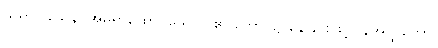
ဃရာဝါသေန၊ အိမ်ရာထောင်သောလူ၏ ဘောင်၌ နေခြင်းဖြင့်။ နအတ္ထိကော၊